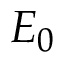
E _ { 0 }